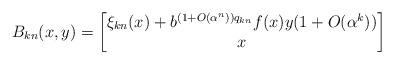
LaTeX: \begin{align*} B_{k n}(x,y) = \begin{bmatrix} \xi_{kn}(x) + b^{(1 + O(\alpha^{n})) q_{k n}}f(x)y(1 + O(\alpha^{k})) \\ x \end{bmatrix} \end{align*}